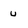
Character: u